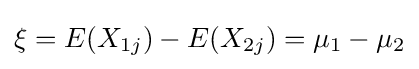
\xi =E(X_{1j})-E(X_{2j})=\mu _{1}-\mu _{2}